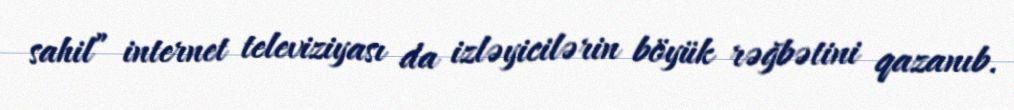
sahil” internet televiziyası da izləyicilərin böyük rəğbətini qazanıb.